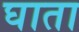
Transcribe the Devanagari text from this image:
घाता